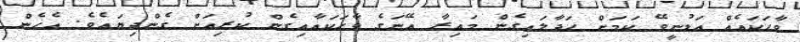
ވާހަކައެއް އަޑުނީވޭ ކަމަށް ހަދާލައިގެން މައިރާ އޭނަގެ ވާހަކައާއިގެން ކުރިއަށް ގެންދިޔައެވެ. އެހެން